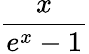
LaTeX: \frac{x}{e^{x}-1}